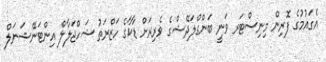
އެގައުމުގެ ފޮރިން މިނިސްޓަރ ވަނީ ބަންގްލަދޭޝްގެ ވެރިރަށް ޑާކާގެ ހަޒްރަތު ޝަހްޖަލާލް އިންޓަނޭޝަނަލް